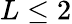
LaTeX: L\leq 2